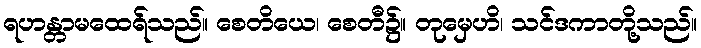
ရဟန္တာမထေရ်သည်။ စေတိယေ၊ စေတီ၌။ တုမှေဟိ၊ သင်ဒကာတို့သည်။